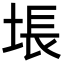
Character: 㙊